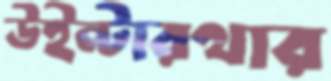
উইন্টারথার